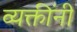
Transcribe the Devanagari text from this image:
व्यक्तींनीं